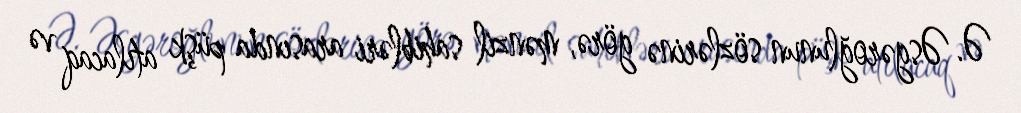
Ə. Əsgəroğlunun sözlərinə görə, mənzil sahibləri arasında püşk atılacaq və